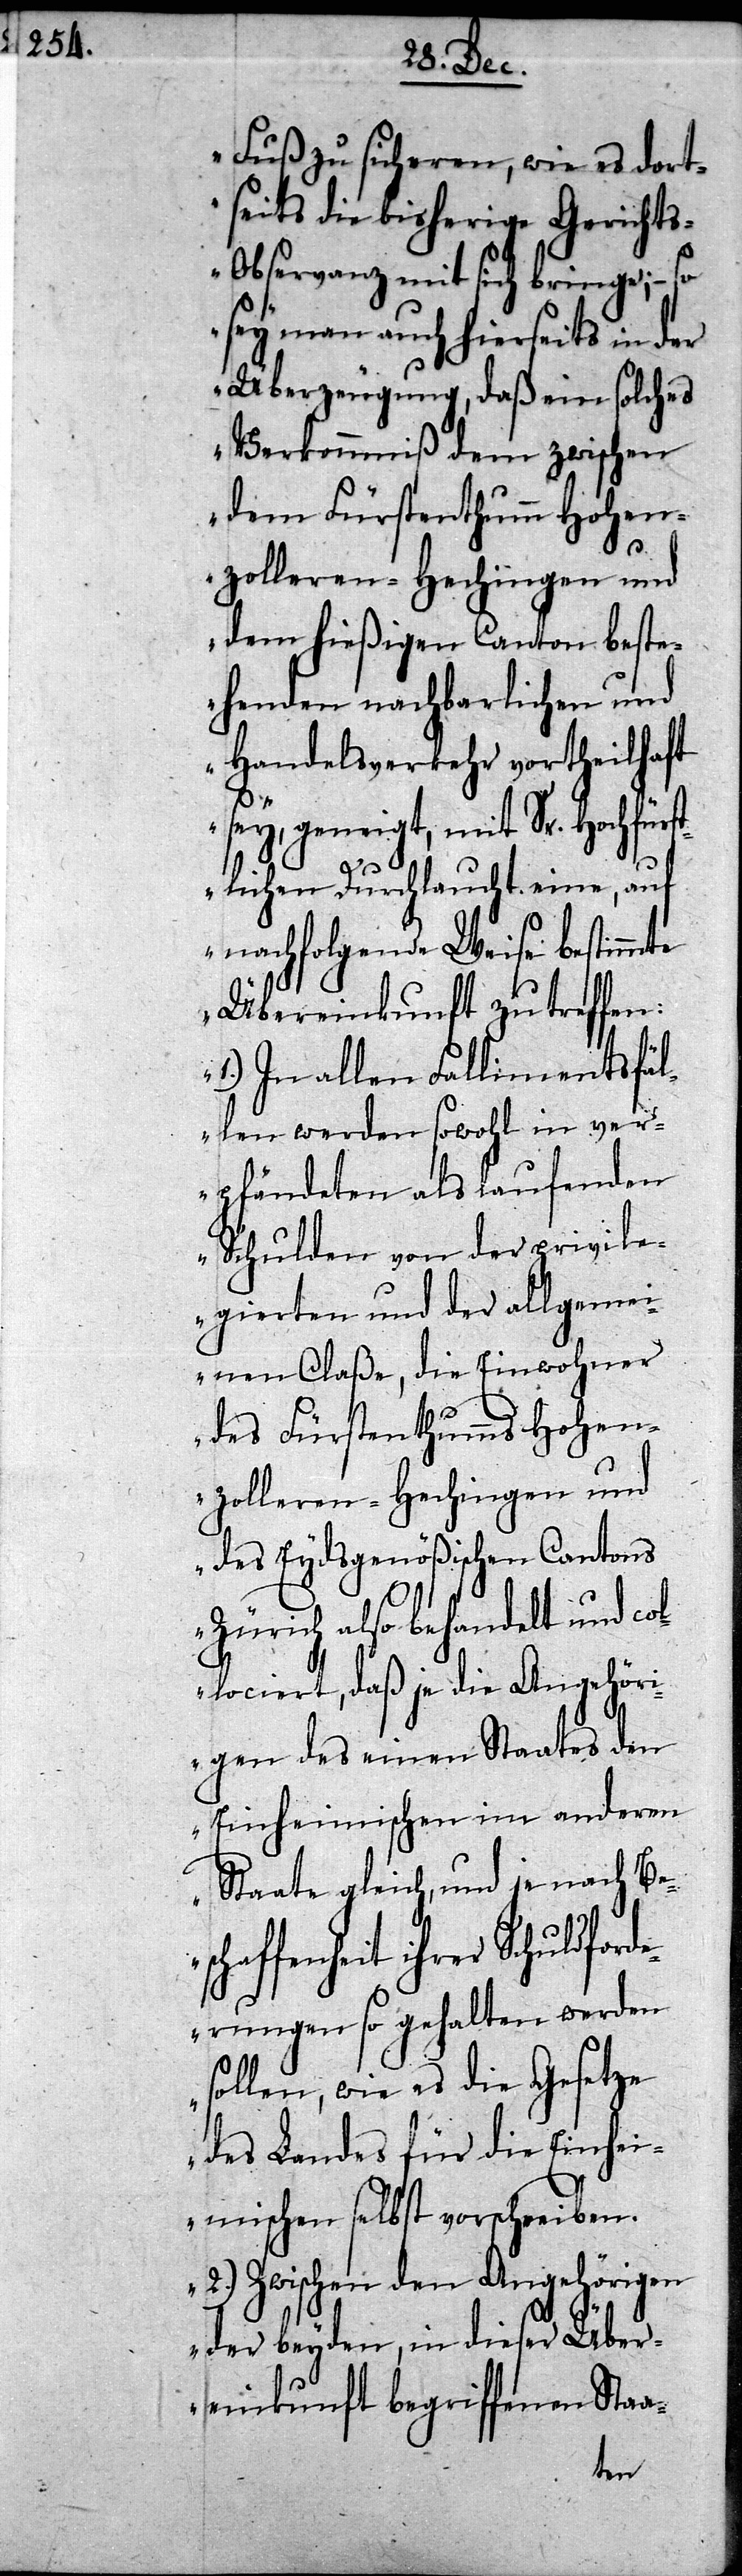
Fuß zusicheren, wie es dort¬
seits die bisherige Gericht¬
s-Observanz mit sich bringe; – so
sey man auch hierseits in der
Überzeugung, daß ein solches
Verkommniß dem zwischen
dem Fürstenthumm Hohen¬
nzolleren-Hechingen und
dem hießigen Canton beste¬
henden nachbarlichen und
Handelsverkehr vortheilhaft
sey, geneigt, mit Sr. Hochfürs¬
tlichen Durchlaucht eine, auf
nachfolgende Weise bestimm¬
Übereinkunft zu treffen:
1.) In allen Fallimentsfäl¬
len werden sowohl in ve¬
rpfändeten als laufenden
Schulden von der p¬
egierten und der allgemei¬
nen Claße, die Einwohner
des Fürstenthumms
and¬
des Eydsgenößischen
Zürich also behandelt und col¬
lociert, daß je die Angehöri¬
gen des einen Staates den
eren
Einheimischen im
Staate gleich, und je nach Be¬
rivil¬
Schuldford¬
erungen so gehalten werden
tze
sollen, wie es die Ge¬
des Landes für die Einhei¬
mischen selbst vorschreiben.
2.) Zwischen den Angehörigen
der beyden, in dieser Über¬
einkunft begriffenen Staa-
te